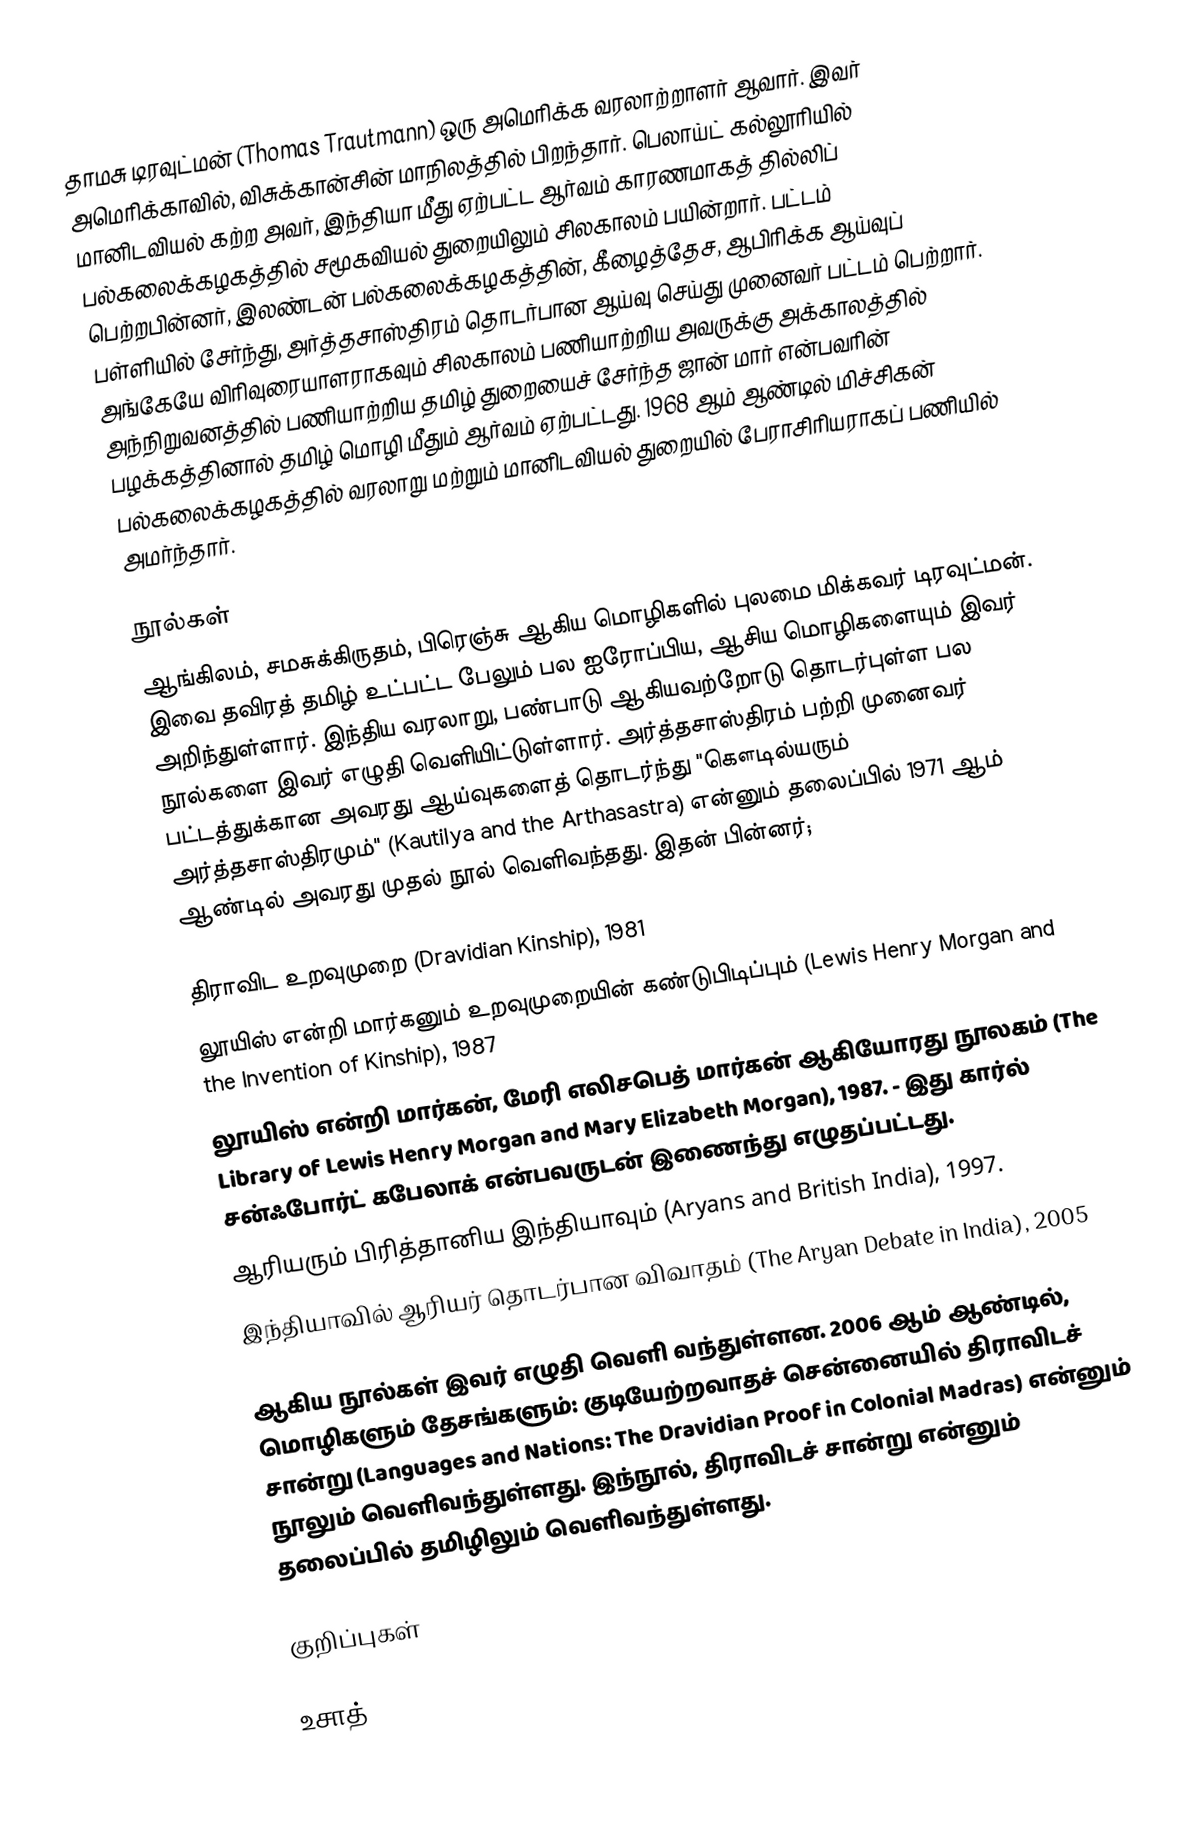
தாமசு டிரவுட்மன் (Thomas Trautmann) ஒரு அமெரிக்க வரலாற்றாளர் ஆவார். இவர் அமெரிக்காவில், விசுக்கான்சின் மாநிலத்தில் பிறந்தார். பெலாய்ட் கல்லூரியில் மானிடவியல் கற்ற அவர், இந்தியா மீது ஏற்பட்ட ஆர்வம் காரணமாகத் தில்லிப் பல்கலைக்கழகத்தில் சமூகவியல் துறையிலும் சிலகாலம் பயின்றார். பட்டம் பெற்றபின்னர், இலண்டன் பல்கலைக்கழகத்தின், கீழைத்தேச, ஆபிரிக்க ஆய்வுப் பள்ளியில் சேர்ந்து, அர்த்தசாஸ்திரம் தொடர்பான ஆய்வு செய்து முனைவர் பட்டம் பெற்றார். அங்கேயே விரிவுரையாளராகவும் சிலகாலம் பணியாற்றிய அவருக்கு அக்காலத்தில் அந்நிறுவனத்தில் பணியாற்றிய தமிழ் துறையைச் சேர்ந்த ஜான் மார் என்பவரின் பழக்கத்தினால் தமிழ் மொழி மீதும் ஆர்வம் ஏற்பட்டது. 1968 ஆம் ஆண்டில் மிச்சிகன் பல்கலைக்கழகத்தில் வரலாறு மற்றும் மானிடவியல் துறையில் பேராசிரியராகப் பணியில் அமர்ந்தார்.

நூல்கள்
ஆங்கிலம், சமசுக்கிருதம், பிரெஞ்சு ஆகிய மொழிகளில் புலமை மிக்கவர் டிரவுட்மன். இவை தவிரத் தமிழ் உட்பட்ட பேலும் பல ஐரோப்பிய, ஆசிய மொழிகளையும் இவர் அறிந்துள்ளார். இந்திய வரலாறு, பண்பாடு ஆகியவற்றோடு தொடர்புள்ள பல நூல்களை இவர் எழுதி வெளியிட்டுள்ளார். அர்த்தசாஸ்திரம் பற்றி முனைவர் பட்டத்துக்கான அவரது ஆய்வுகளைத் தொடர்ந்து "கௌடில்யரும் அர்த்தசாஸ்திரமும்" (Kautilya and the Arthasastra) என்னும் தலைப்பில் 1971 ஆம் ஆண்டில் அவரது முதல் நூல் வெளிவந்தது. இதன் பின்னர்;

 திராவிட உறவுமுறை (Dravidian Kinship), 1981
 லூயிஸ் என்றி மார்கனும் உறவுமுறையின் கண்டுபிடிப்பும் (Lewis Henry Morgan and the Invention of Kinship), 1987
 லூயிஸ் என்றி மார்கன், மேரி எலிசபெத் மார்கன் ஆகியோரது நூலகம் (The Library of Lewis Henry Morgan and Mary Elizabeth Morgan), 1987. - இது கார்ல் சன்ஃபோர்ட் கபேலாக் என்பவருடன் இணைந்து எழுதப்பட்டது.
 ஆரியரும் பிரித்தானிய இந்தியாவும் (Aryans and British India), 1997.
 இந்தியாவில் ஆரியர் தொடர்பான விவாதம் (The Aryan Debate in India), 2005

ஆகிய நூல்கள் இவர் எழுதி வெளி வந்துள்ளன. 2006 ஆம் ஆண்டில், மொழிகளும் தேசங்களும்: குடியேற்றவாதச் சென்னையில் திராவிடச் சான்று (Languages and Nations: The Dravidian Proof in Colonial Madras)  என்னும் நூலும் வெளிவந்துள்ளது. இந்நூல், திராவிடச் சான்று என்னும் தலைப்பில் தமிழிலும் வெளிவந்துள்ளது.

குறிப்புகள்

உசாத்